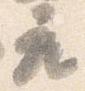
座